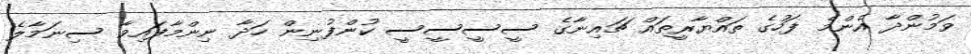
ވަމުންދާ އެންމެ ފަހުގެ ތައްޔާރީތައް ޗައިނާގެ ސީސީސީސީ ކުންފުނިން ހަދާ ނިންމާފައިވާ ސިނަމާލެ